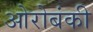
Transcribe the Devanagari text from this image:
ओरोबंकी